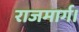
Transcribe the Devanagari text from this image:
राजमार्ग।